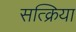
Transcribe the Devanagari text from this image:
सत्क्रिया